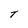
Character: T